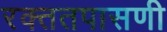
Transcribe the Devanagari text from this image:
रक्ततपासणी